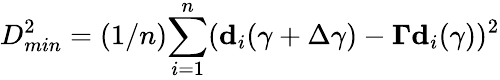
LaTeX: D_{min}^{2}=(1/n){\sum_{i=1}^{n}}({\mathbf d_{i}}(\gamma+\Delta\gamma)-{\mathbf\Gamma}{\mathbf d_{i}}(\gamma))^{2}